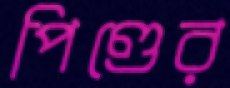
পিণ্ডের